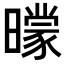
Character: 𣋡